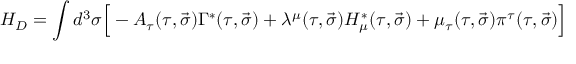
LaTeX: H _ { D } = \int { d ^ { 3 } \sigma \Big [ - A _ { \tau } ( \tau , \vec { \sigma } ) \Gamma ^ { \ast } ( \tau , \vec { \sigma } ) + \lambda ^ { \mu } ( \tau , \vec { \sigma } ) { \cal H } _ { \mu } ^ { \ast } ( \tau , \vec { \sigma } ) + \mu _ { \tau } ( \tau , \vec { \sigma } ) \pi ^ { \tau } ( \tau , \vec { \sigma } ) \Big ] }